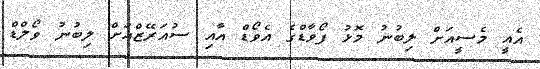
އެއީ މެސީއަށް ލިބުނު މޮޅު ފޯވާޑްގެ އެވޯޑް އާއި ސުއަރޭޒްއަށް ލިބުނު ވޯލްޑް